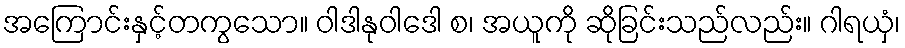
အကြောင်းနှင့်တကွသော။ ဝါဒါနုဝါဒေါ စ၊ အယူကို ဆိုခြင်းသည်လည်း။ ဂါရယှံ၊